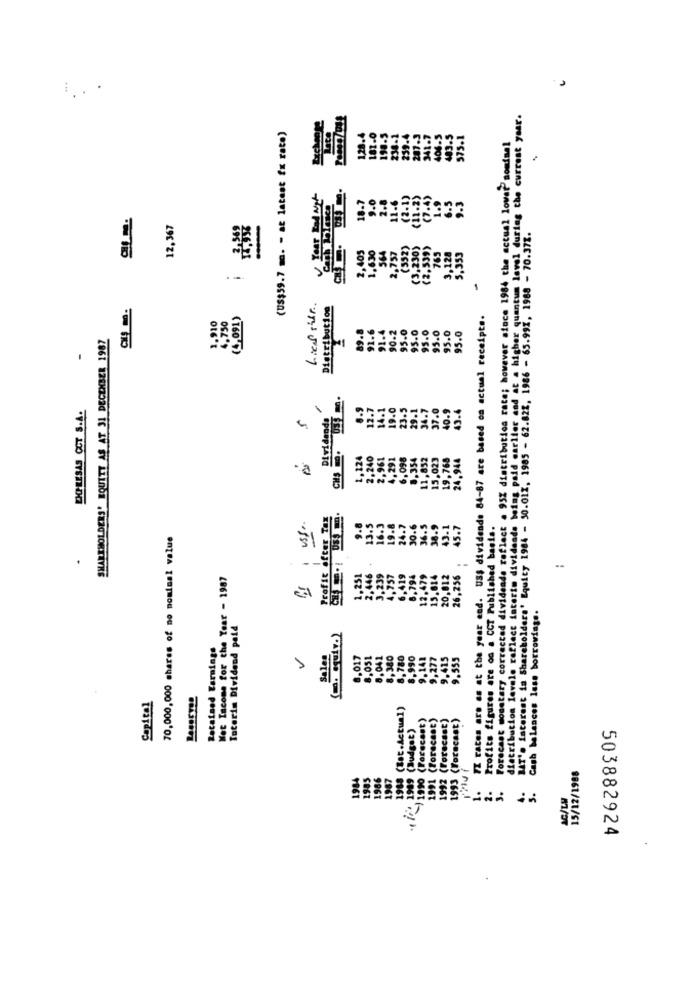
distribution lavale reflect interim dividende being paid carlier and at a higher quantum level during the current year.
(US$59.7 m. - at latest fx rate)
128.
181.0
198-5
4.1
239.4
287.3
341.7
406.5
483.5
575.1
Forecast monetary corrected dividende reflect . 95% distribution rate; however since 1984 the actual lovar somisel
18.7
(2.1)
(11.2)
(7.4)
1.9
6.5
2.8
12-6
12,367
BAT's Interest in Shareholders' Equity 1984 - 50.012, 1985 - 62.822, 1986 - 65.997, 1988 - 70.371.
2,405
1,630
564
2,757
(352)
(3,230)
(2.539)
765
5,353
3,128
-
Lie sitr.
Distribution
1.910
4.750
(4,091)
TX rates are as at the year end. US$ dividende 84-87 are based on actual receipts.
91.6
91.4
90-2
95.0
95.0
95.0
SHAREHOLDERS' EQUITY AS AT 31 DECEMBER 1987
89.
95.0
95.0
95.0
M
DOPRESAS OCT S.A.
8.9
12.7
14.1
19.0
37.0
43.4
Dividenda
-
CHS.
1,124
2.240
2.961
4.291
6,098
8.354
11,852
15,023
19.768
24.944
Profit after Tax
uss ..
9.8
13.5
16.3
19.8
24.7
30.6
36.5
38.9
43.1
45.7
Profits figures are on a CCT Published basis.
70,000,000 shares of no nominal value
--
2,446
Net Income for the Year - 1987
1,251
3.239
4,757
6,419
6,794
12.479
15,614
20,012
26,256
Cash balances less borrowings.
Toterim Dividend paid
Retained Earnings
Salas
8.017
8.051
8.041
8,380
.780
90
9,277
9.415
9.555
Capital
1988 (Bat.Actual)
-)1990 (Forecast)
1991 (Forecast)
1992 (Forecast)
1993 (Forecast)
-+ 16 ., 1999 (Budget)
1986
1987
15/12/1988
198
198:
1.
2.
AC/LW
503882924